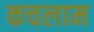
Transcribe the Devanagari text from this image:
कचलाम